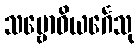
သမ္ဗောဓိယင်္ဂေသု